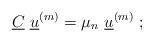
LaTeX: \begin{align*}\underline{C}~\underline{u}^{\left( m\right) }=\mu _{n}~\underline{u}^{\left( m\right) }~;\end{align*}